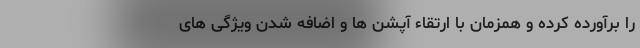
را برآورده کرده و همزمان با ارتقاء آپشن ها و اضافه شدن ویژگی های